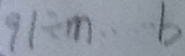
9 1 \div m \cdots b